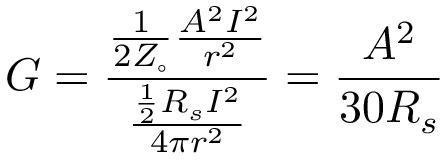
G = { \frac { { \frac { 1 } { 2 Z _ { \circ } } } { \frac { A ^ { 2 } I ^ { 2 } } { r ^ { 2 } } } } { \frac { { \frac { 1 } { 2 } } R _ { s } I ^ { 2 } } { 4 \pi r ^ { 2 } } } } = { \frac { A ^ { 2 } } { 3 0 R _ { s } } } \,